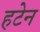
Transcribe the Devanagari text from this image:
हटेन